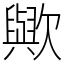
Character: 歟